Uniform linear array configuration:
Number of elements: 8
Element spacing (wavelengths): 0.75
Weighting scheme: hamming
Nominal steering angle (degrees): -15
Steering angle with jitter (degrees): -15.822
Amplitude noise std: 0.05
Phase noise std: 0.05

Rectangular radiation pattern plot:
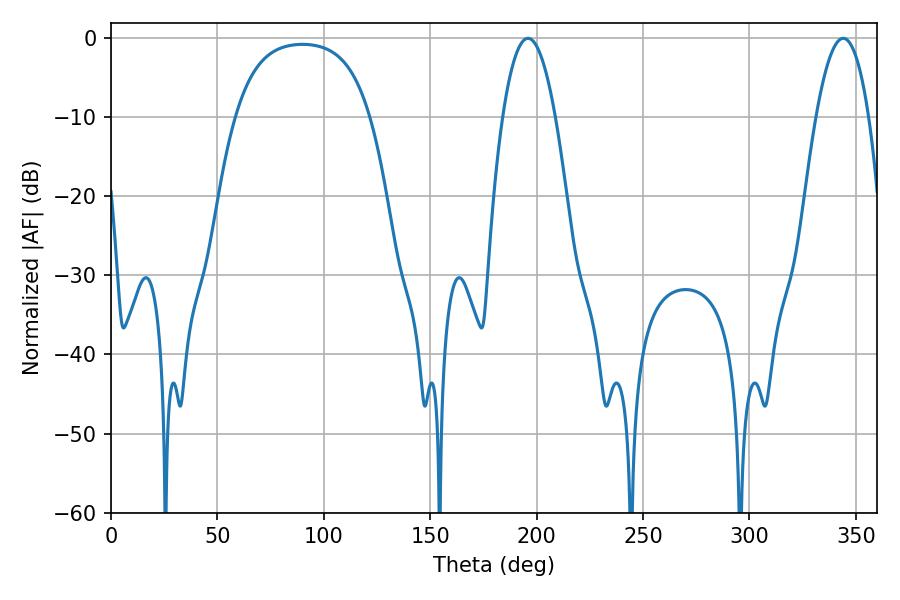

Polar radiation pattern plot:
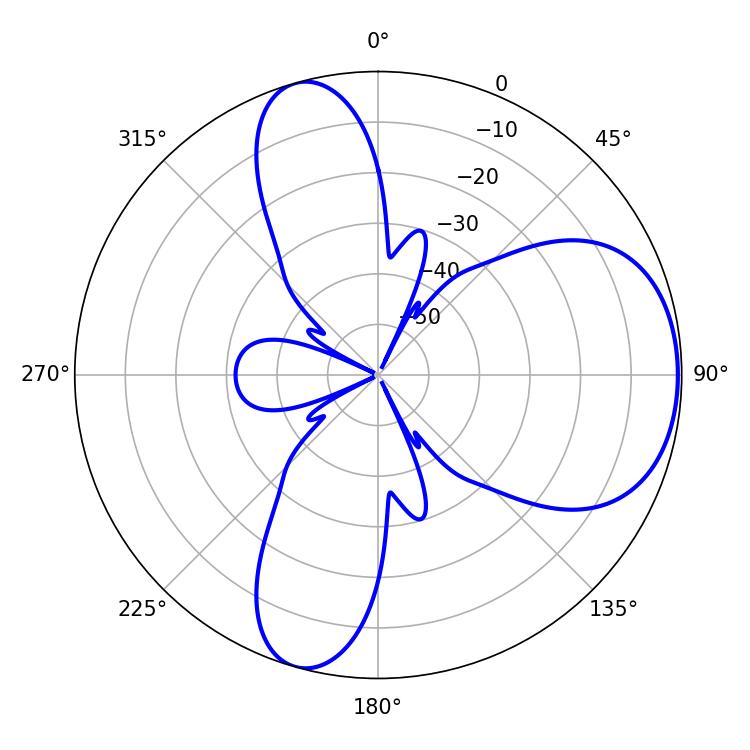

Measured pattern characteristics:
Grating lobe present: TRUE
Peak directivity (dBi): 6.325
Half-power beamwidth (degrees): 13.68
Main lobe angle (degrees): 196.02